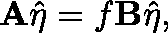
\mathbf { A } \hat { \mathbf { \eta } } = f \mathbf { B } \hat { \mathbf { \eta } } ,